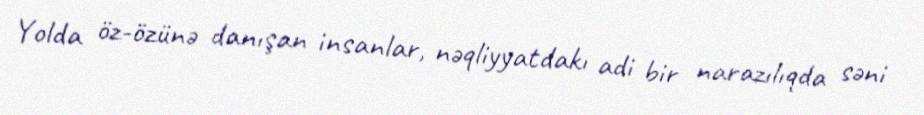
Yolda öz-özünə danışan insanlar, nəqliyyatdakı adi bir narazılıqda səni